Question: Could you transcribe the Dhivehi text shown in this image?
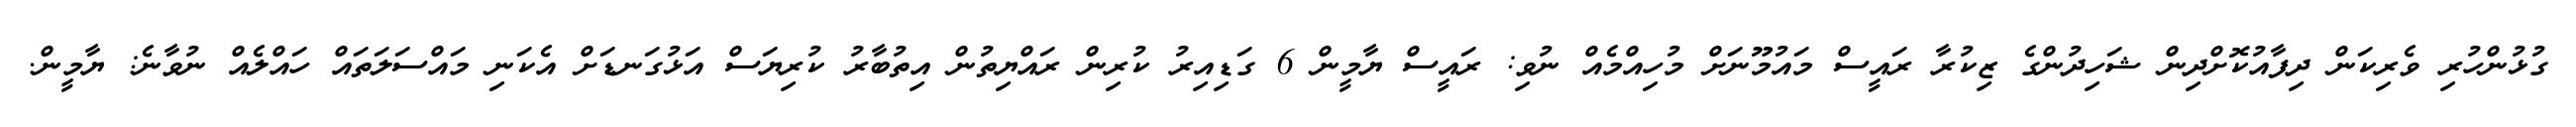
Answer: ގުޅުންހުރި ވެރިކަން ދިފާއުކޮށްދިން ޝަހިދުންގެ ޒިކުރާ ރައީސް މައުމޫނަށް މުހިއްމެއް ނުވި: ރައީސް ޔާމީން 6 ގަޑިއިރު ކުރިން ރައްޔިތުން އިތުބާރު ކުރިޔަސް އަޅުގަނޑަށް އެކަނި މައްސަލަތައް ހައްލެއް ނުވާނެ: ޔާމީން.